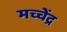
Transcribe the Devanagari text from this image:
मच्चेंद्र